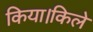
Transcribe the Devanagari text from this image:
किया।किले